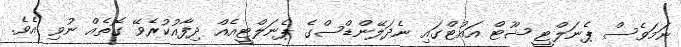
ނަމަވެސް ޕެނަލްޓީ ޝޫޓް އައުޓްގައި ނެދަލޭންޑްސްގެ ޕެނަލްޓީއެއް ދިފާއުކުރެވޭ ގޮތެއް ނުވި އެވެ.